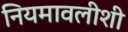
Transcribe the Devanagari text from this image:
नियमावलीशी